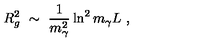
R _ { g } ^ { 2 } \ \sim \ \frac 1 { m _ { \gamma } ^ { 2 } } \ln ^ { 2 } m _ { \gamma } L \ ,